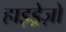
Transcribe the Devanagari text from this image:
हाइड्रेज़ो